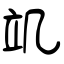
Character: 竌